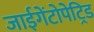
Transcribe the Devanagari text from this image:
जाईगेंटोपेट्रिड